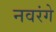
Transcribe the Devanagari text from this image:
नवरंगे